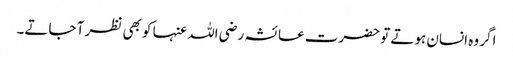
اگر وہ انسان ہوتے تو حضرت عائشہ رضی اللہ عنہا کو بھی نظر آ جاتے۔